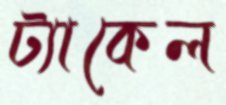
ট্যাকেল